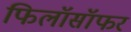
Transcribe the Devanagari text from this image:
फिलॉसॉफर